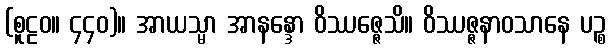
(စူဠဝ။ ၄၄၀)။ အာယသ္မာ အာနန္ဒော ဝိဿဇ္ဇေသိ။ ဝိဿဇ္ဇနာဝသာနေ ပဉ္စ